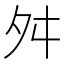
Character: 舛